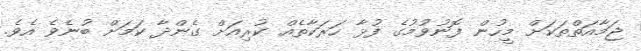
ޖަމާއަތްތަކަށް މީހުން ފޮނުވުމުގެ ފުޅާ ހަރަކާތެެއް ކުރިއަށް ގެންދާާ ކަމަށް ބުނެވެ އެވެ.